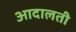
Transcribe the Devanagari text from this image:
आदालती